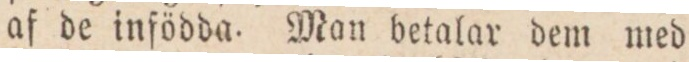
af de inſödda. Man betalar dem med